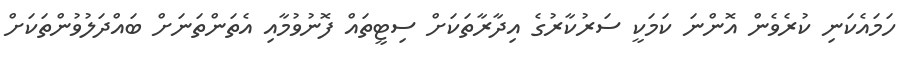
ހަމައެކަނި ކުރެވެން އޮންނަ ކަމަކީ ސަރުކާރުގެ އިދާރާތަކަށް ސިޓީތައް ފޮނުވުމާއި އެތަންތަނަށް ބައްދަލުވުންތަކަށް